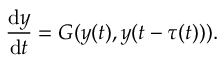
\frac { \mathrm { d } y } { \mathrm { d } t } = G ( y ( t ) , y ( t - \tau ( t ) ) ) .